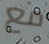
مع